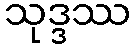
သုဒ္ဒဿ